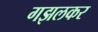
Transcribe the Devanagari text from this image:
गझलकर